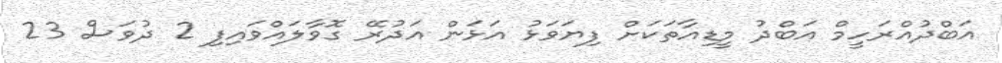
އަބްދުއްރަހީމް އަބްދު މީޑިއާތަކަށް ފިޔަވަޅު އަޅަން އަދުރޭ ގޮވާލައްވައިފި 2 ދުވަސް 23